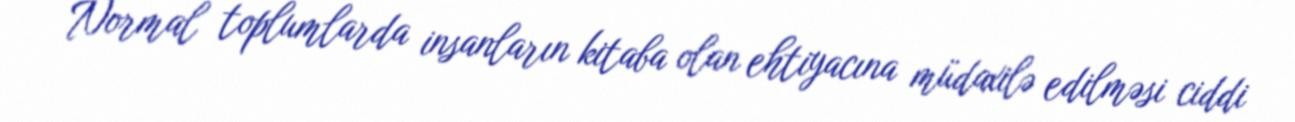
Normal toplumlarda insanların kitaba olan ehtiyacına müdaxilə edilməsi ciddi